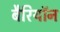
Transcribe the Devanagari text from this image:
बैरियॉन